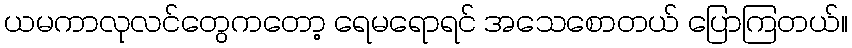
ယမကာလုလင်တွေကတော့ ရေမရောရင် အသေစောတယ် ပြောကြတယ်။